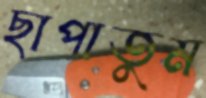
ছাপাতুম